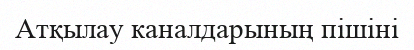
Атқылау каналдарының пішіні